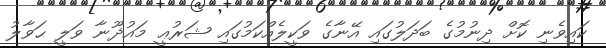
ކައިވެނި ކޮށް ދިނުމުގެ ބަދަލުގައި އޭނާގެ ވަކީލެއްކަމުގައި ޝަރުޢީ މައުޛޫނާ ވަލީ ޙަވާލު